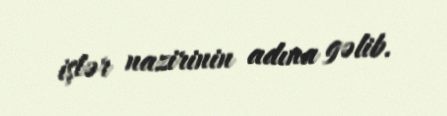
işlər nazirinin adına gəlib.